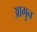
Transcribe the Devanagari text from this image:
आगुन